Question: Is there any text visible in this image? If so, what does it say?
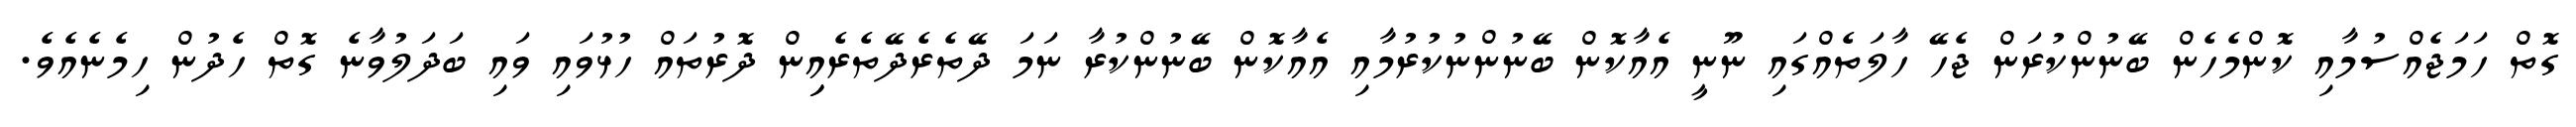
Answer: ގޮތް ހަމަޖެއްސުމާއި ކޮންމެހެން ބޭނުންކުރަން ޖެހޭ ހާލަތެއްގައި ނޫނީ އެއާކޮން ބޭނުންނުކުރުމާއި އެއާކޮން ބޭނުންކުރާ ނަމަ ދޭތެރެދޭތެރެއިިން ދޮރުތައް ހުޅުވައި ވައި ބަދަލުވާނެ ގޮތް ހެދުން ހިމެނެއެވެ.